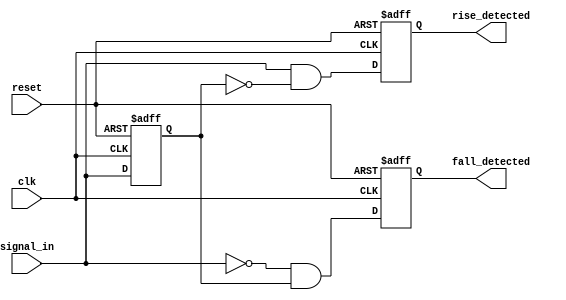
module dual_edge_detector (
    input wire clk,                // Clock input
    input wire reset,              // Asynchronous reset
    input wire signal_in,          // Input signal to detect edges
    output reg rise_detected,      // Rising edge detected output
    output reg fall_detected       // Falling edge detected output
);

    // Memory blocks to hold previous states
    reg prev_state;                // Previous state of signal_in
    reg prev_prev_state;           // State of signal_in two clock cycles ago

    // Asynchronous reset and state capture
    always @(posedge clk or posedge reset) begin
        if (reset) begin
            // Initialize states on reset
            prev_state <= 1'b0;
            prev_prev_state <= 1'b0;
            rise_detected <= 1'b0;
            fall_detected <= 1'b0;
        end else begin
            // Capture the previous states
            prev_prev_state <= prev_state;
            prev_state <= signal_in;

            // Edge detection logic
            rise_detected <= (signal_in && !prev_state);  // Rising edge detected
            fall_detected <= (!signal_in && prev_state);  // Falling edge detected
        end
    end

endmodule